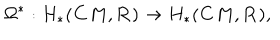
LaTeX: \Omega ^ { \ast } : H _ { \ast } ( { \bf C } M , { \bf R } ) \rightarrow H _ { \ast } ( { \bf C } M , { \bf R } ) ,